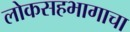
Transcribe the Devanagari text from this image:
लोकसहभागाचा